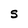
Character: S